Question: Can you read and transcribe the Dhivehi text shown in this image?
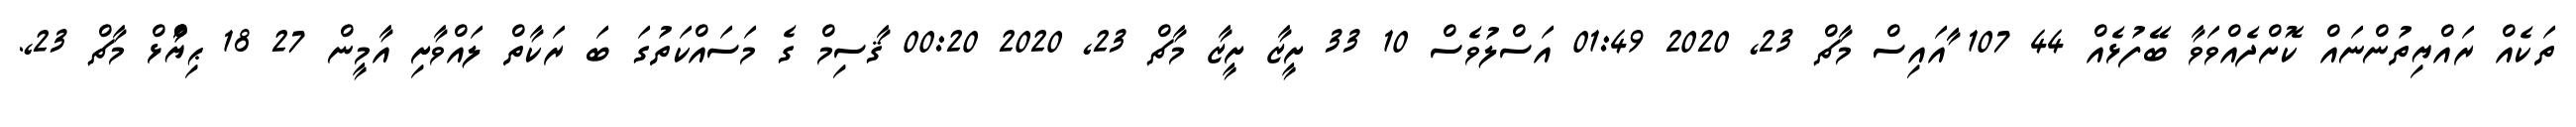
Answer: ތަކެއް ރައްޔިތުންނައް ކޮށްދެއްވަވާ ބޭފުޅެއް 44 107 ާައައިސް މާޗް 23, 2020 01:49 އަސްލުވެސް 10 33 ށީޒާ ށީޒާ މާޗް 23, 2020 00:20 ޤާސިމް ގެ މަސައްކަތުގަ ބަ ރަކާތް ލައްވާށި އާމީން 27 18 ޙިޔާާްްޅް މާޗް 23,.